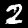
Label: 2